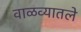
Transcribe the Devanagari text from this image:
वाळव्यातले